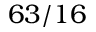
6 3 / 1 6